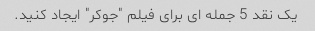
یک نقد 5 جمله ای برای فیلم "جوکر" ایجاد کنید.